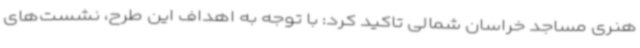
هنری مساجد خراسان شمالی تاکید کرد: با توجه به اهداف این طرح، نشست‌های